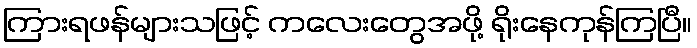
ကြားရဖန်များသဖြင့် ကလေးတွေအဖို့ ရိုးနေကုန်ကြပြီ။